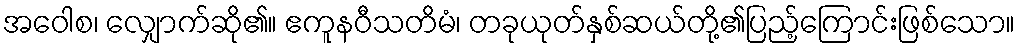
အဝေါစ၊ လျှောက်ဆို၏။ ဧကူနဝီသတိမံ၊ တခုယုတ်နှစ်ဆယ်တို့၏ပြည့်ကြောင်းဖြစ်သော။